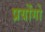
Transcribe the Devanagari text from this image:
प्रयोंगो